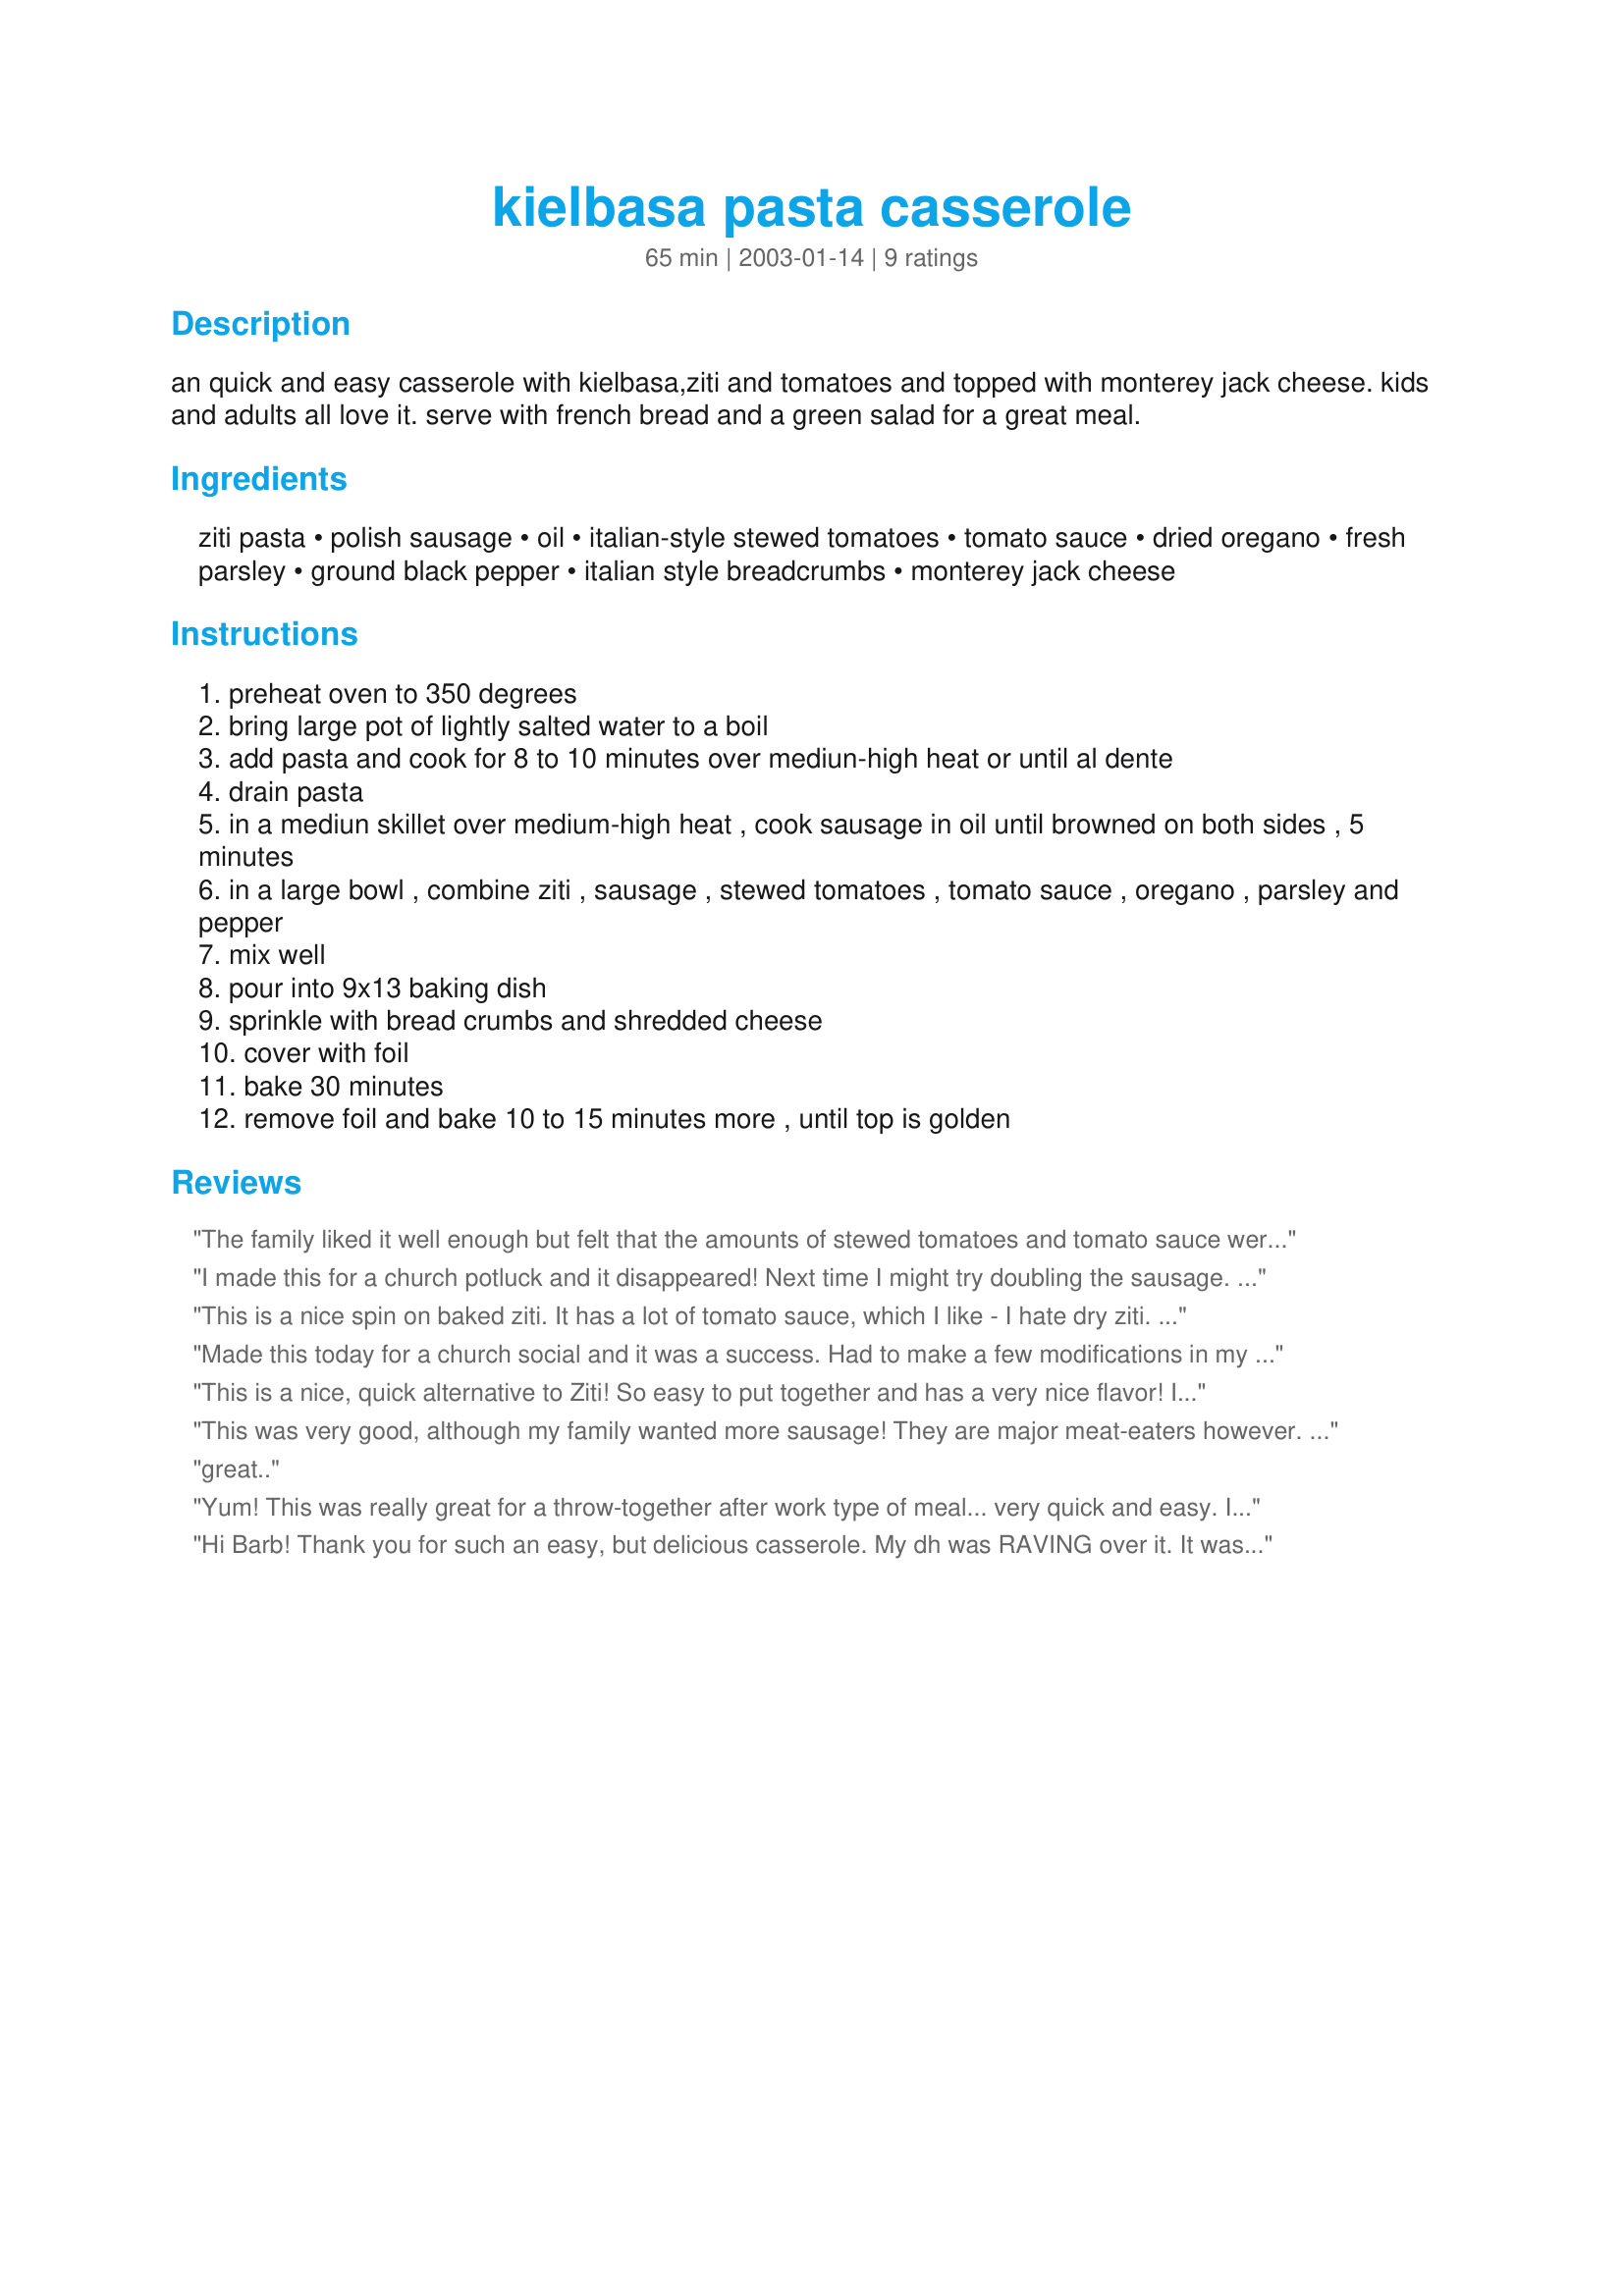
kielbasa pasta casserole
Preparation time: 65 minutes

an quick and easy casserole with kielbasa,ziti and tomatoes and topped with monterey jack cheese. kids and adults all love it. serve with french bread and a green salad for a great meal.

Ingredients:
ziti pasta, polish sausage, oil, italian-style stewed tomatoes, tomato sauce, dried oregano, fresh parsley, ground black pepper, italian style breadcrumbs, monterey jack cheese

Steps:
preheat oven to 350 degrees
bring large pot of lightly salted water to a boil
add pasta and cook for 8 to 10 minutes over mediun-high heat or until al dente
drain pasta
in a mediun skillet over medium-high heat , cook sausage in oil until browned on both sides , 5 minutes
in a large bowl , combine ziti , sausage , stewed tomatoes , tomato sauce , oregano , parsley and pepper
mix well
pour into 9x13 baking dish
sprinkle with bread crumbs and shredded cheese
cover with foil
bake 30 minutes
remove foil and bake 10 to 15 minutes more , until top is golden

Reviews:
The family liked it well enough but felt that the amounts of stewed tomatoes and tomato sauce were overkill, drowning the small amount of pasta and keilbasa the recipe called for...Or perhaps we simply prefer our pasta dishes a little less overwhelmed with it's sauce...UPDATE: This 'casserole' is an excellent candidate for OAMC use...We adjusted the recipe to our taste, doubled the recipe, ate one and froze one...The following week the frozen batch was thawed in the fridge 24 hours in advance and then baked per the recipe's instructions...It survived the freezing process and reheated well...Thank you for showing us a new variation of a Ziti Bake!
I made this for a church potluck and it disappeared! Next time I might try doubling the sausage. Great recipe, thanks for posting!
This is a nice spin on baked ziti. It has a lot of tomato sauce, which I like - I hate dry ziti. Next time I will use crushed tomatoes, however, because I didn't really care for the big tomato chunks in the stewed. I used 4 tsp of dried parsley instead of the 1/4 cup of fresh. Next time I'll add some garlic to the sauce. In order to ensure you don't get a bite without kielbasa, go ahead and add extra. But be careful, this fills a standard 13x9 pan to the tippy top and mine over-flowed; if you add extra stuff, you might need a bigger pan!
Made this today for a church social and it was a success. Had to make a few modifications in my dish though. I used penne pasta instead of zita and I didn't have any tomato sauce so I used a 28 oz can of spaghetti sauce instead. Everyone enjoyed it and there were NO left overs. Will have to make this again for the family at home.
This is a nice, quick alternative to Ziti! So easy to put together and has a very nice flavor! If you have no Monterey Jack Cheese on hand, Mozzarella or Provolone, I'm sure would work wonderfully with this! Serve it with a tossed green salad and crispy bread. Thanks, Barb, we certainly did enjoy our supper this evening!
This was very good, although my family wanted more sausage! They are major meat-eaters however. A very enjoyable meal!
great..
Yum! This was really great for a throw-together after work type of meal... very quick and easy. I made a few substitutions for what I had on hand. I used one jar of spaghetti sauce in place of the 3 8oz cans of tomato sauce, and I used a 28 oz can of crushed tomatoes in place of the stewed tomatoes. Even with these changes, this was delicious. I served it with a ceasar salad, garlic bread, and of course, Red Wine!!! Thanks for a great recipe Barb!
Hi Barb! Thank you for such an easy, but delicious casserole. My dh was RAVING over it. It was just what the doctor ordered after a very hectic couple of weeks. I did take other reviewers advice and doubled the kielbasa. However, for those of you who double, this makes 2 large trays of casserole. (Leftovers ~ YAY!).

Thanks again for a lovely dish Barb!
